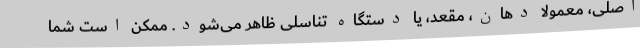
اصلی، معمولاً دهان، مقعد، یا دستگاه تناسلی ظاهر می‌شود. ممکن است شما